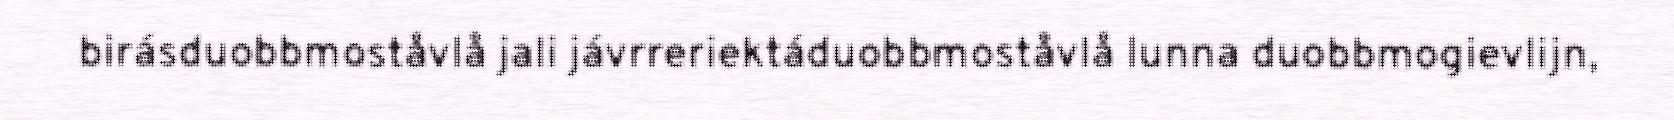
birásduobbmoståvlå jali jávrreriektáduobbmoståvlå lunna duobbmogievlijn,